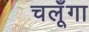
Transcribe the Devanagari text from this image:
चलूँगा